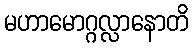
မဟာမောဂ္ဂလ္လာနောတိ